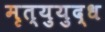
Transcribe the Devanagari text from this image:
मृत्युयुद्ध